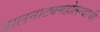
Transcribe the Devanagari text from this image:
बालनाट्यमहोत्सवाची